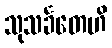
သုသင်္ခတေဟိ